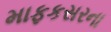
માફકસરના